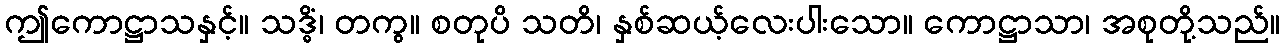
ဤကောဋ္ဌာသနှင့်။ သဒ္ဓိံ၊ တကွ။ စတုပိ သတိ၊ နှစ်ဆယ့်လေးပါးသော။ ကောဋ္ဌာသာ၊ အစုတို့သည်။